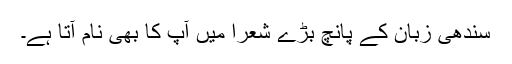
سندھی زبان کے پانچ بڑے شعرا میں آپ کا بھی نام آتا ہے۔